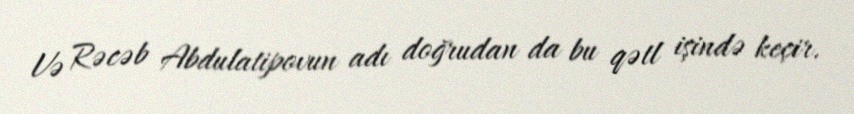
Və Rəcəb Abdulatipovun adı doğrudan da bu qətl işində keçir.